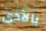
بالأذى